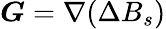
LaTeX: \boldsymbol{G}=\nabla(\Delta B_{s})